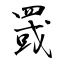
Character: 罭